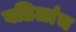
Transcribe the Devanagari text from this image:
वडिलांच